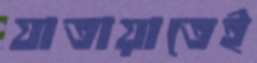
যাতায়াতেই